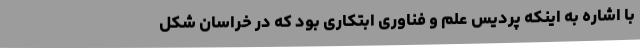
با اشاره به اینکه پردیس علم و فناوری ابتکاری بود که در خراسان شکل